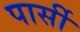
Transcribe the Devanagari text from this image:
पार्सी